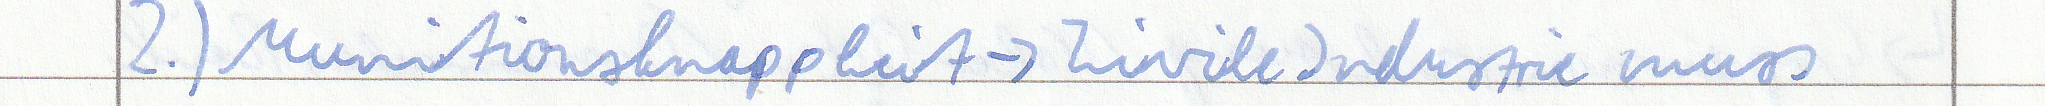
2.) Munitionsknappheit-> Zivile Industrie muss